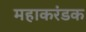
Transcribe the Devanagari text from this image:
महाकरंडक